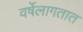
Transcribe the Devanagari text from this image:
वर्षेलागतात